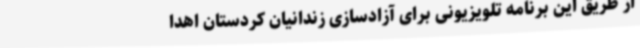
از طریق این برنامه تلویزیونی برای آزادسازی زندانیان کردستان اهدا